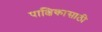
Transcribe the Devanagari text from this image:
पाक्षिकासाठी